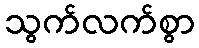
သွက်လက်စွာ